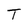
Character: T